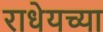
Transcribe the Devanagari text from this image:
राधेयच्या